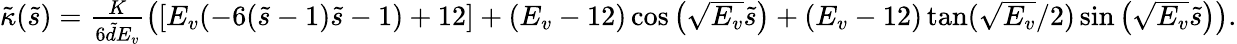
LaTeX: \begin{array}{r}{\tilde{\kappa}(\tilde{s})=\frac{K}{6\tilde{d}E_{v}}\left(\left[E_{v}(-6(\tilde{s}-1)\tilde{s}-1)+12\right]+\left(E_{v}-12\right)\cos\left(\sqrt{E_{v}}\tilde{s}\right)+(E_{v}-12)\tan(\sqrt{E_{v}}/2)\sin\left(\sqrt{E_{v}}\tilde{s}\right)\right).}\end{array}